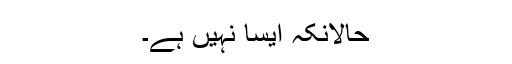
حالانکہ ایسا نہیں ہے۔